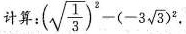
计算：$$(\sqrt{\frac {1}{3}})^{2}-(-3\sqrt{3})^{2}$$.